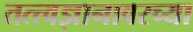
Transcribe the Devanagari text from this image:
तत्त्वज्ञानावरच्या